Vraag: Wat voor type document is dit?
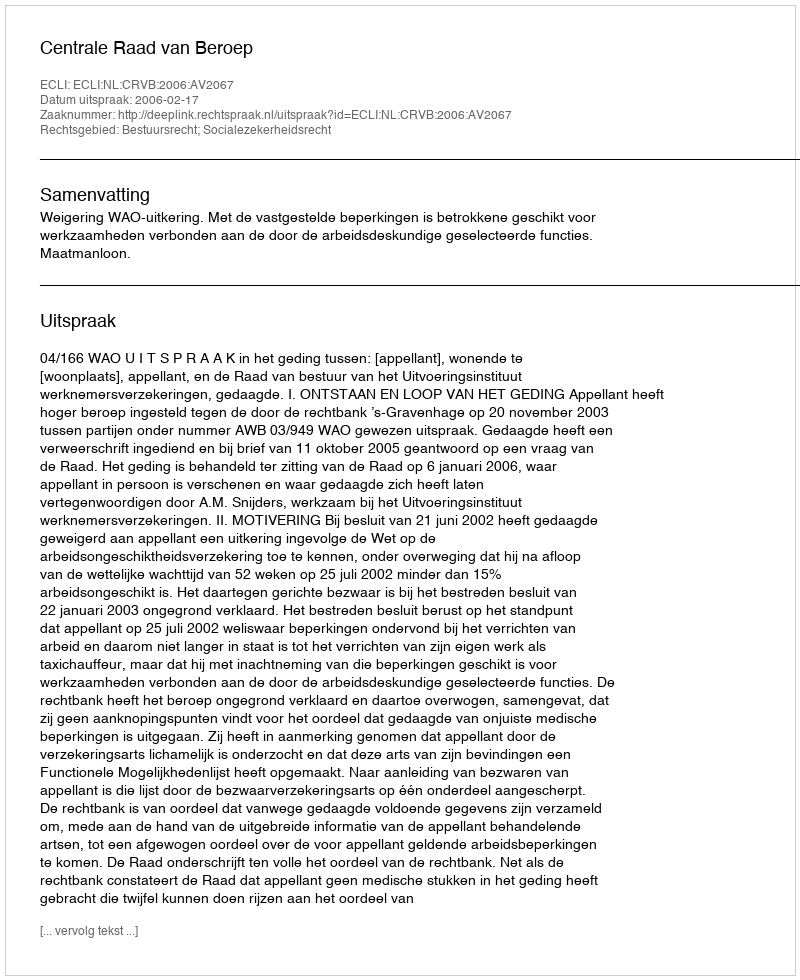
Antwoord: Uitspraak